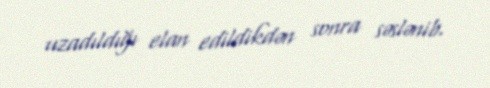
uzadıldığı elan edildikdən sonra səslənib.